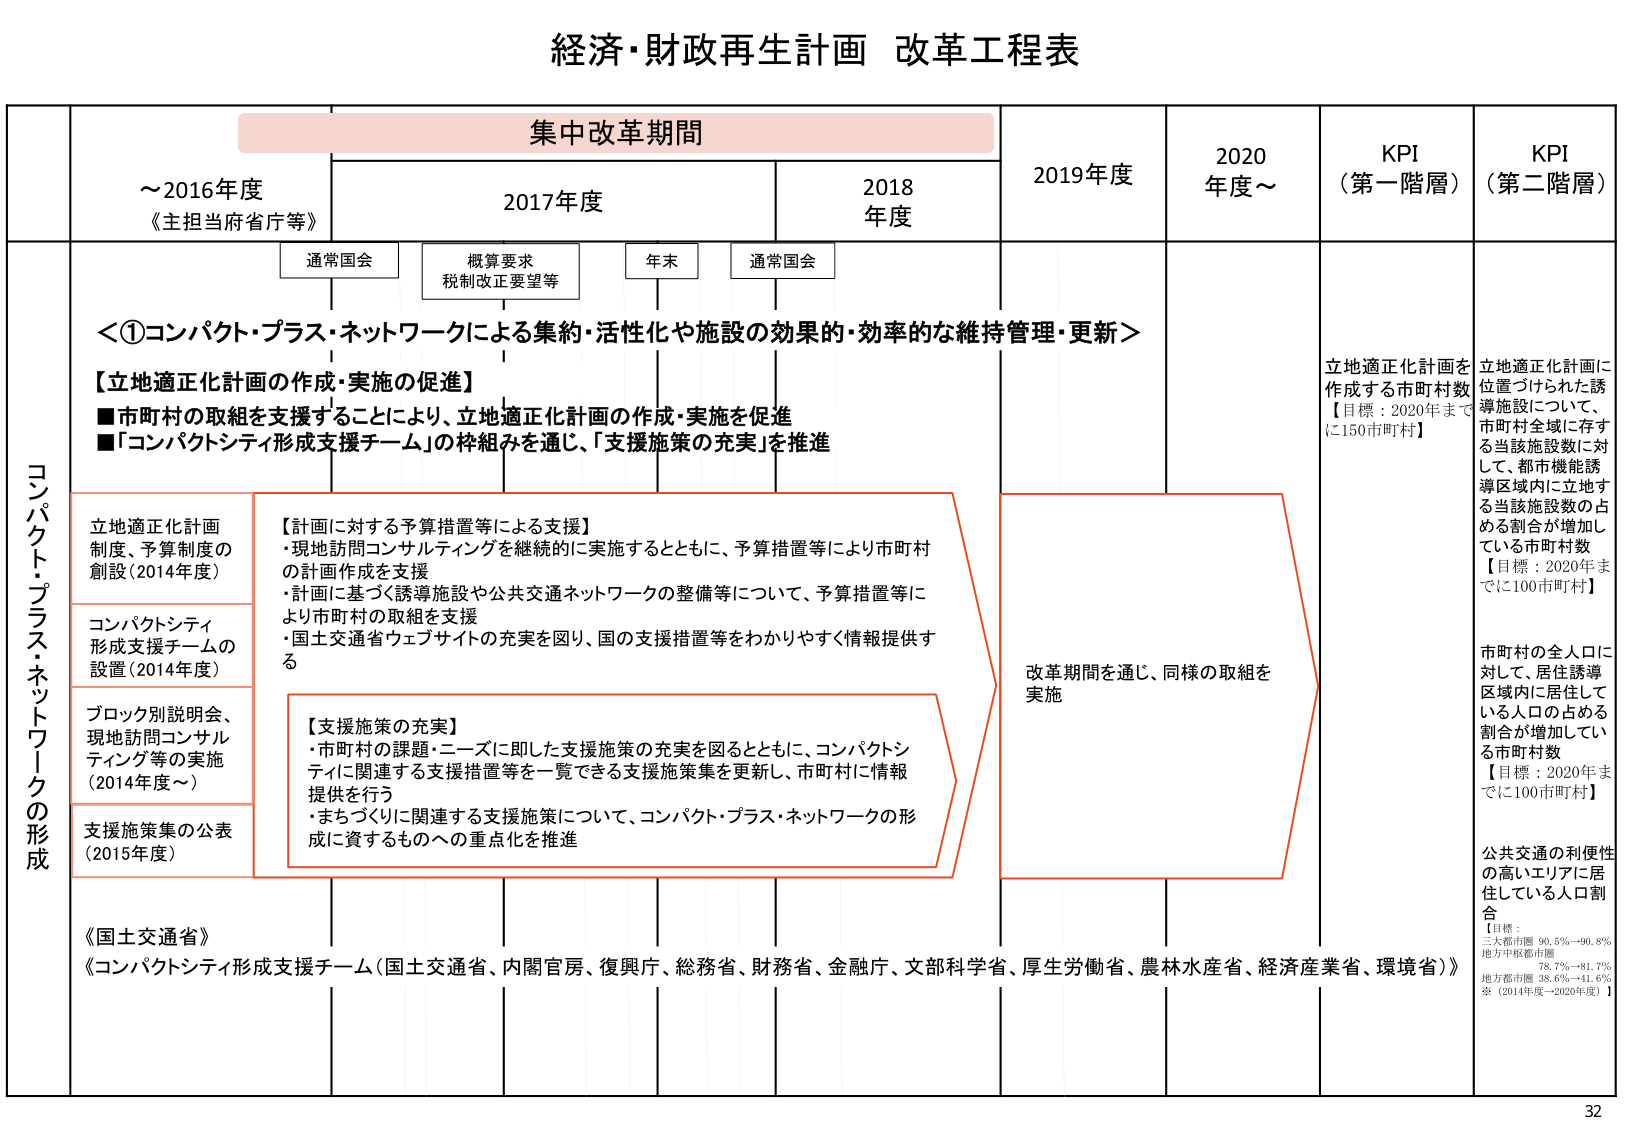
経済・財政再生計画 改革工程表

集中改革期間

～2016年度
《主担当府省庁等》

2017年度

2018年度

2019年度

2020年度～

KPI（第一階層）

KPI（第二階層）

通常国会

概算要求
税制改正要望等

年末

通常国会

＜①コンパクト・プラス・ネットワークによる集約・活性化や施設の効果的・効率的な維持管理・更新＞

【立地適正化計画の作成・実施の促進】
■市町村の取組を支援することにより、立地適正化計画の作成・実施を促進
■「コンパクトシティ形成支援チーム」の枠組みを通じ、「支援施策の充実」を推進

コンパクト・プラス・ネットワークの形成

立地適正化計画制度、予算制度の創設（2014年度）

【計画に対する予算措置等による支援】
・現地訪問コンサルティングを継続的に実施するとともに、予算措置等により市町村の計画作成を支援
・計画に基づく誘導施設や公共交通ネットワークの整備等について、予算措置等により市町村の取組を支援
・国土交通省ウェブサイトの充実を図り、国の支援措置等をわかりやすく情報提供する

コンパクトシティ形成支援チームの設置（2014年度）

【支援施策の充実】
・市町村の課題・ニーズに即した支援施策の充実を図るとともに、コンパクトシティに関連する支援措置等を一覧できる支援施策集を更新し、市町村に情報提供を行う
・まちづくりに関連する支援施策について、コンパクト・プラス・ネットワークの形成に資するものへの重点化を推進

ブロック別説明会、現地訪問コンサルティング等の実施（2014年度～）

支援施策集の公表（2015年度）

改革期間を通じ、同様の取組を実施

立地適正化計画を作成する市町村数
【目標：2020年までに150市町村】

立地適正化計画に位置づけられた誘導施設について、市町村全域に存在する当該施設数に対して、都市機能誘導区域内に立地する当該施設数の占める割合が増加している市町村数
【目標：2020年までに100市町村】

市町村の全人口に対して、居住誘導区域内に居住している人口の占める割合が増加している市町村数
【目標：2020年までに100市町村】

公共交通の利便性の高いエリアに居住している人口割合
【目標：
三大都市圏 90.5%～90.8%
地方中核都市圏 78.7%～81.7%
地方都市圏 38.6%～41.6%
※（2014年度～2020年度）】

《国土交通省》
《コンパクトシティ形成支援チーム（国土交通省、内閣官房、復興庁、総務省、財務省、金融庁、文部科学省、厚生労働省、農林水産省、経済産業省、環境省）》

32